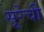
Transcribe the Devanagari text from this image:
सूरेची